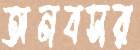
অনবসর